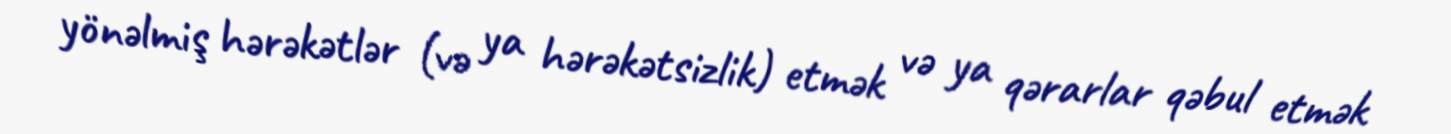
yönəlmiş hərəkətlər (və ya hərəkətsizlik) etmək və ya qərarlar qəbul etmək